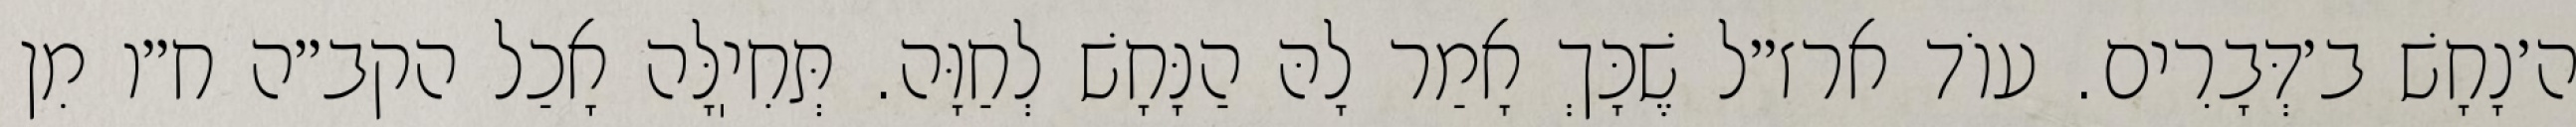
ה׳נָחָשׁ ב׳דְּבָרִים. עוֹד ארז״ל שֶׁכָּךְ אָמַר לָהּ הַנָּחָשׁ לְחַוָּה. תְּחִיֽלָּה אָכַל הקב״ה ח״ו מִן